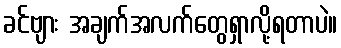
ခင်ဗျား အချက်အလက်တွေရှာလို့ရတာပဲ။